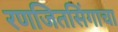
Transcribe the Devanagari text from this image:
रणजितसिंगाचा